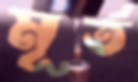
মূর্ত